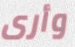
وأرى